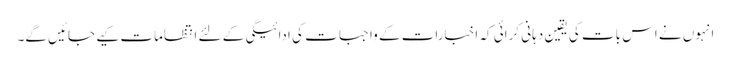
انہوں نے اس بات کی یقین دہانی کرائی کہ اخبارات کے واجبات کی ادائیگی کے لئے انتظامات کیے جائیں گے۔